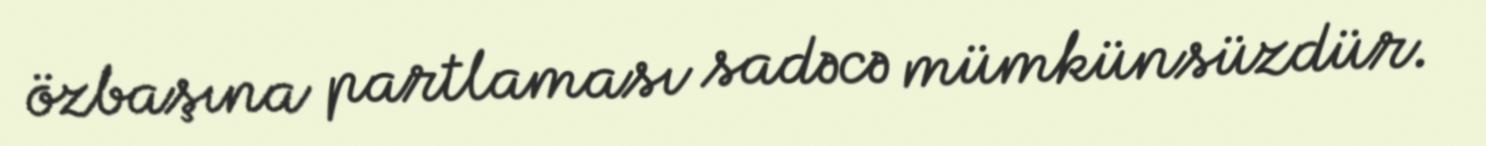
özbaşına partlaması sadəcə mümkünsüzdür.